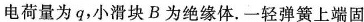
电荷量为q，小滑块B为绝缘体。一轻弹簧上端固